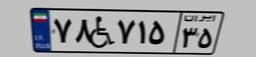
۷۸W۷۱۵۳۵